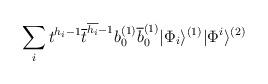
LaTeX: \begin{align*}\sum_it^{h_i-1}\overline{t}^{\overline{h_i}-1}b_0^{(1)}\overline{b}_0^{(1)}|\Phi_i\rangle^{(1)}|\Phi^i\rangle^{(2)}\end{align*}